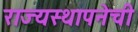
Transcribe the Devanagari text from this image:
राज्यस्थापनेची